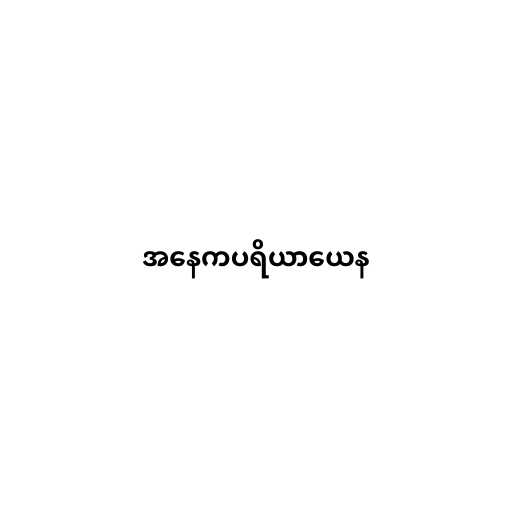
အနေကပရိယာယေန